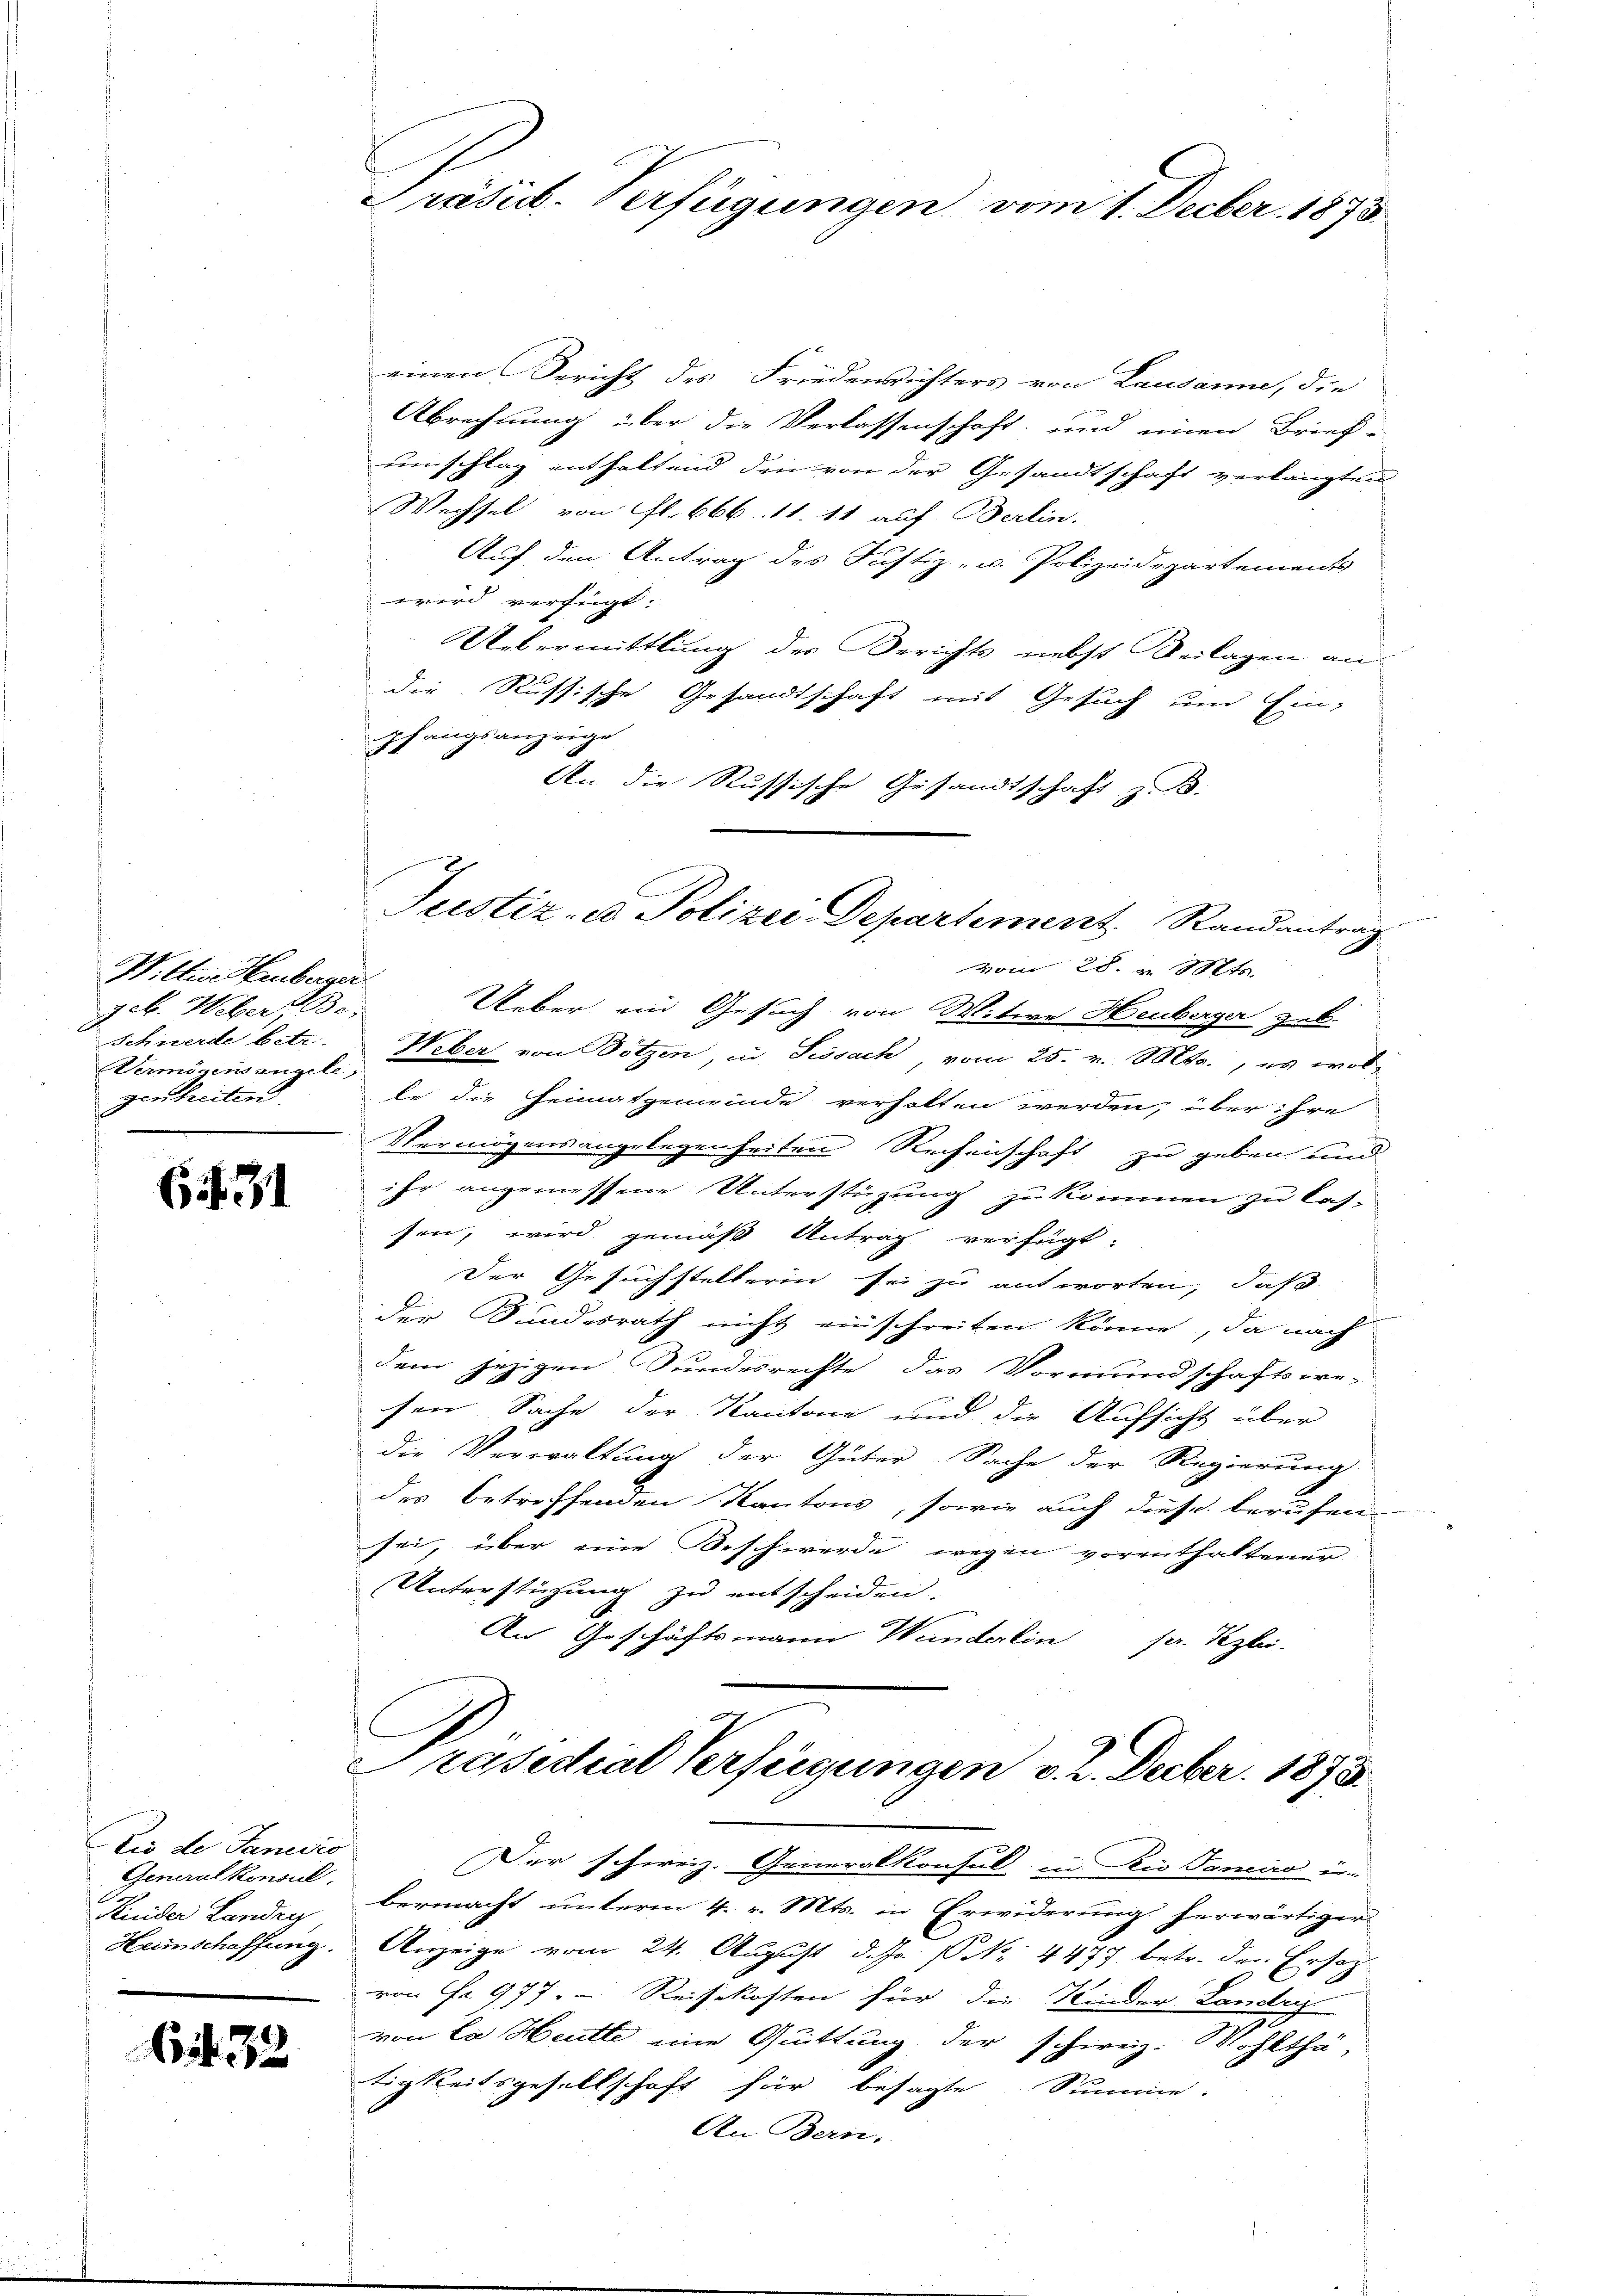
Wilter Huberner
geb. Weber Be-
Schwerde betr.
Vermögensangele,
genheiten

if. 21

tis de Janisie
Generalkonsul
Kinder Landig
Heimschaffung.

Bit. 32

Präsid. Verfügungen vom 1. Decber 1873

Justiz- u Polizei-Departement Randantrag
vom 28. v. Mts.
Ueber ein Gesuch von Witwe Heuberger geb.

einen Gericht des Friedenrichters von Lausanne, die
Abrechnung über die Verlassenschaft, und einen Brief-
umschlag enthaltend den von der Gesandtschaft verlangten
Wechsel von fl. 666. 11. 11 auf Berlin.
Auf den Antrag des Justiz- u. Polizeidepartements
wird verfügt.
Uebermittlung des Berichts nebst Beilagen an
die Russische Gesandtschaft mit Gesuch und Ein-
pfangsanzeige
An die Russische Gesandtschaft z. B.
Weber von Botzen; in Fissach, vom 25. v. 1804., es wol
te die Heimatgemeinde verhalten werden, über ihre
Vermögensangelegenheiten Rechenschaft zu geben und
ihr angemessene Unterstüzung zu kommen zu las-
sen, wird gemäß Antrag verfügt:
der Gesuchstellerin sei zu antworten, daß
der Bundesrath nicht einschreiten könne, da nach
dem jezigen Sundesrechte das Vormundschaftswe-
sen Sache der Kantone und die Aufsicht über
die Verwaltung der Güter Sache der Regierung
des betreffenden Kantons, sowie auch diese berufen
sei, über eine Beschwerde wegen vorenthaltener
Unterstüzung zu entscheiden.
An Geschäftsmann Wunderlin sr. Pezlei-
I

Präsidial Verfügungen v. 2. Decber. 1875.

Der schweiz. Generalkonsul in Rio Sanciro in-
bermacht unterm 4. v. Mts. in Erwiderung herwärtiger
Anzeige vom 24. August d. Js. (N. 4477 betr. der Ersat
von Fr. 977 - Reisekosten für die Kinder Landry
von La Heute eine Quittung der schweiz. Wohlthä-
tigkeitsgesellschaft für besagte Summe.
An Bern,